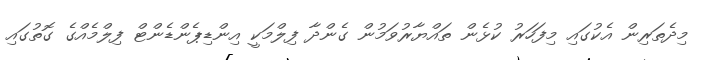
މިދެތަރިން އެކުގައި މިފަހަރު ކުޅެން ތައްޔާރުވަމުން ގެންދާ ފިލްމަކީ އިންޑިޕެންޑެންޓް ފިލްމެއްގެ ގޮތުގައި